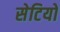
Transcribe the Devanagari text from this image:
सेटियो